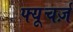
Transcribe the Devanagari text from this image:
फ्यूचर्ज़